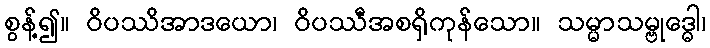
စွန့်၍။ ဝိပဿိအာဒယော၊ ဝိပဿီအစရှိကုန်သော။ သမ္မာသမ္ဗုဒ္ဓေါ၊